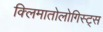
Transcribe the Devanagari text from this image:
क्लिमातोलोगिस्ट्स